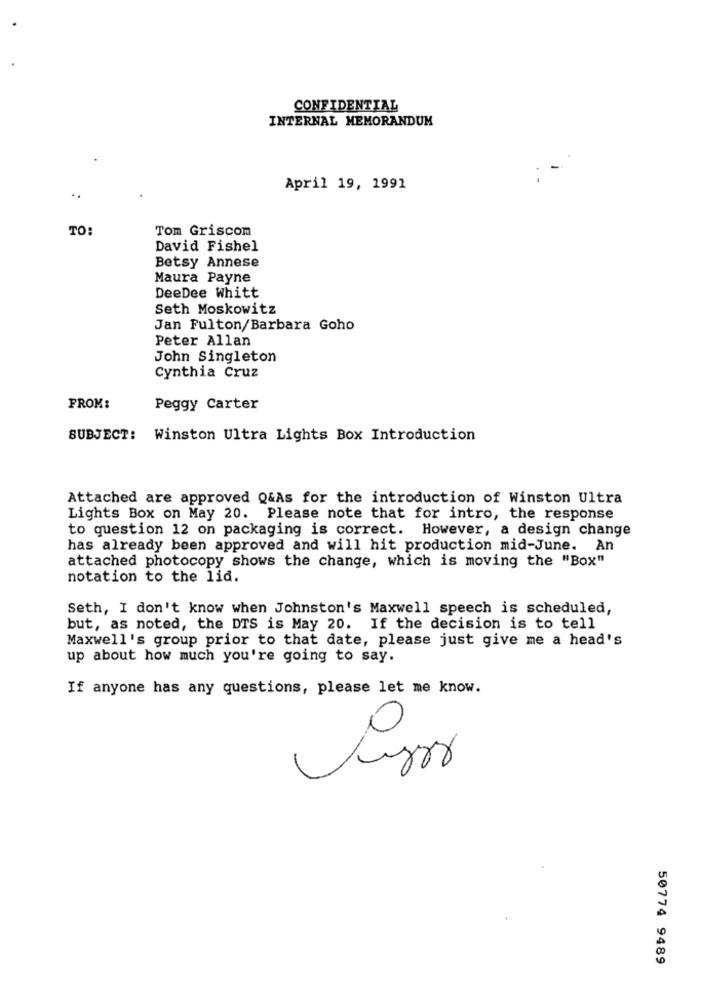
CONFIDENTIAL
INTERNAL MEMORANDUM
April 19, 1991
TO:
Tom Griscom
David Fishel
Betsy Annese
Maura Payne
DeeDee Whitt
Seth Moskowitz
Jan Fulton/Barbara Goho
Peter Allan
John Singleton
Cynthia Cruz
FROM:
Peggy Carter
SUBJECT: Winston Ultra Lights Box Introduction
Attached are approved Q&As for the introduction of Winston Ultra
Lights Box on May 20. Please note that for intro, the response
to question 12 on packaging is correct. However, a design change
has already been approved and will hit production mid-June. An
attached photocopy shows the change, which is moving the "Box"
notation to the lid.
Seth, I don't know when Johnston's Maxwell speech is scheduled,
but, as noted, the DTS is May 20. If the decision is to tell
Maxwell's group prior to that date, please just give me a head's
up about how much you're going to say.
If anyone has any questions, please let me know.
50774 9489